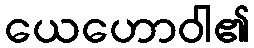
ယေဟောဝါ၏